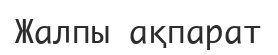
Жалпы ақпарат